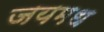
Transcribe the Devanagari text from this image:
जयमध